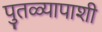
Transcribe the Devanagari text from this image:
पुतळ्यापाशी